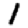
Digit: 1